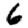
Digit: 6